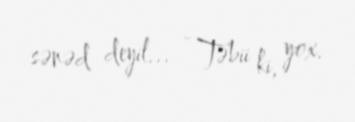
sənəd deyil... - Təbii ki, yox.